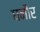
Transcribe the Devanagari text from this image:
घनौर